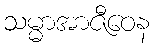
သမ္မာအာဇီဝေန